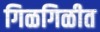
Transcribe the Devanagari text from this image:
गिळगिळीत